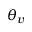
\theta _ { v }